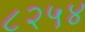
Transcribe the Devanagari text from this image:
८२५४